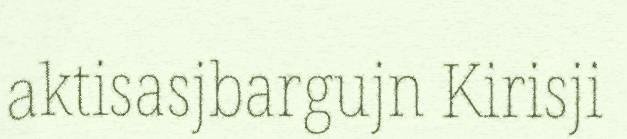
aktisasjbargujn Kirisji